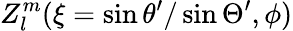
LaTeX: Z_{l}^{m}(\xi=\sin\theta^{\prime}/\sin\Theta^{\prime},\phi)